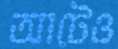
আটেও